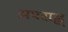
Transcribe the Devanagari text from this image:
अपराह्न्